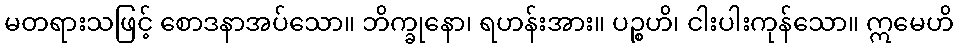
မတရားသဖြင့် စောဒနာအပ်သော။ ဘိက္ခုနော၊ ရဟန်းအား။ ပဉ္စဟိ၊ ငါးပါးကုန်သော။ ဣမေဟိ